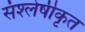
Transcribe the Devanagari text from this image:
संश्लेषीकृत